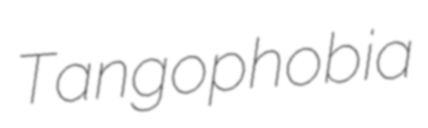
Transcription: Tangophobia